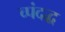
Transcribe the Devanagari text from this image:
च्पंदद्ध